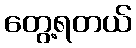
တွေ့ရတယ်